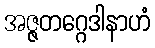
အဇ္ဇတဂ္ဂေဒါနာဟံ